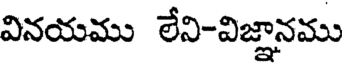
వినయము లేని-విజ్ఞానము